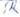
Text: SR